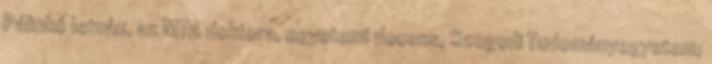
Pálinkó István, az MTA doktora, egyetemi docens, Szegedi Tudományegyetem;